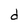
Character: d